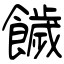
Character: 饖